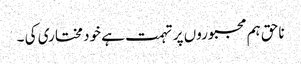
ناحق ہم مجبوروں پر تہمت ہے خود مختاری کی ۔